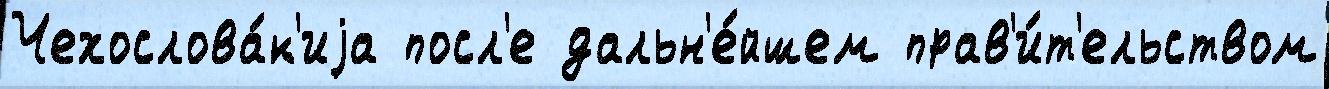
Чехослова́к'иjа посл'е дальн'е́йшем прав'и́т'ельством